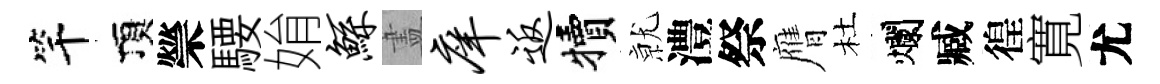
竿頂禜騕姢鲧𥁞庠返犢𭕒澧祭膺杜爛臧徨寛尤